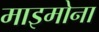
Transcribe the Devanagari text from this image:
माइमोना